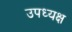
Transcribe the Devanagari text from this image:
उपध्यक्ष